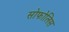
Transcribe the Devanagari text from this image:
सोफोलिस